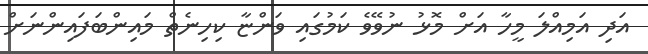
އަދި އަމިއްލަ މީހާ އަށް މޮޅު ނުވޭވެ ކަމުގައި ވަންޏާ ކިހިނެތް މައިންބަފައިންނަށް